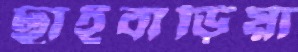
ছাইবাড়িয়া